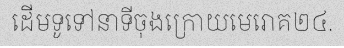
ដើមទូទៅនាទីចុងក្រោយមេរោគ២៤.